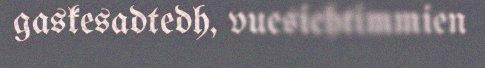
gaskesadtedh, vuesiehtimmien